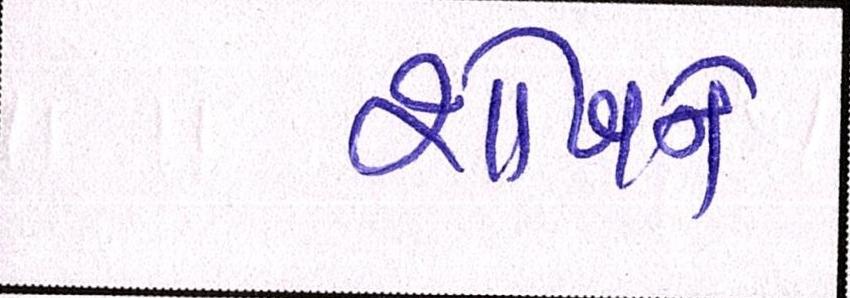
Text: શોખને